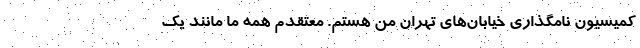
کمیسیون نامگذاری خیابان‌های تهران من هستم. معتقدم همه ما مانند یک